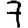
Digit: 7